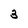
Character: 3